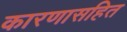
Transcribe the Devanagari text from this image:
कारणासहित